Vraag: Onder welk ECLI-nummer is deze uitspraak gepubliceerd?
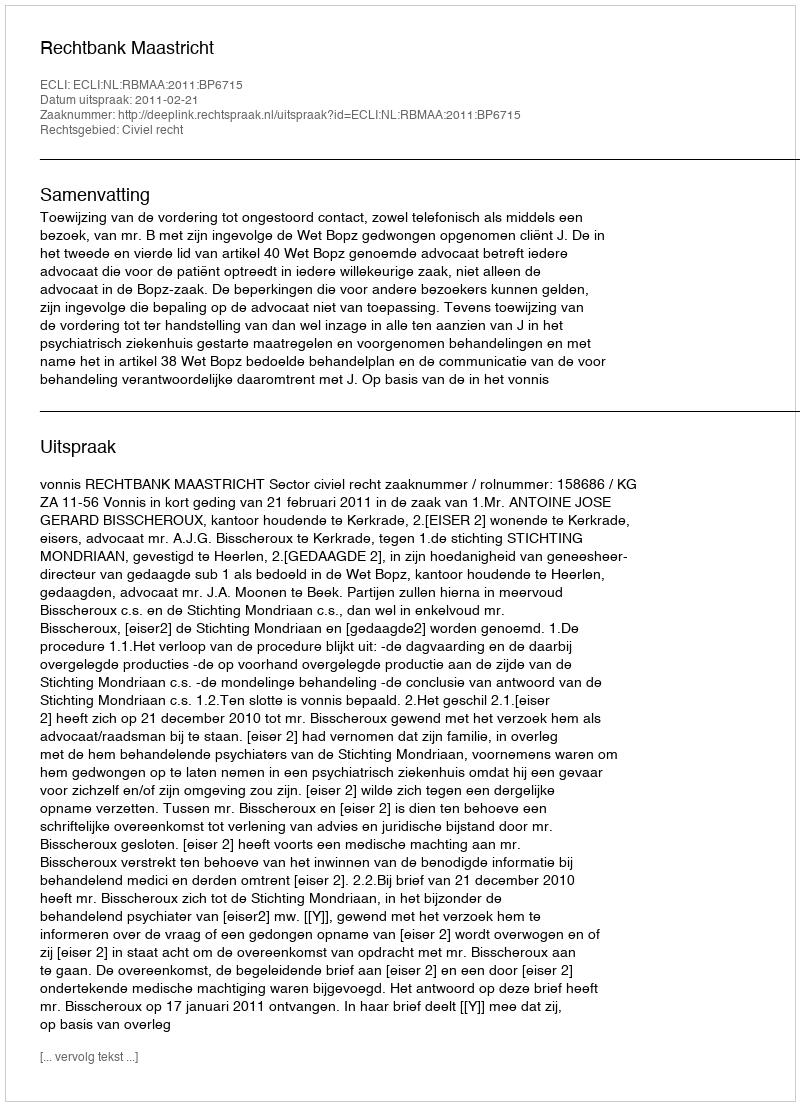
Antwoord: ECLI:NL:RBMAA:2011:BP6715